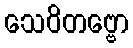
သေဝိတဗ္ဗော